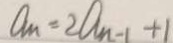
a _ { n } = 2 a _ { n - 1 } + 1